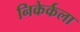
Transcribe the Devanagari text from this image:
निकेर्कला